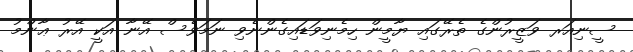
ސީނިއަރ ވަޒީރުންގެ ތެރޭގައި ޔާމީން ހިމެނިވަޑައިގެންނެވި ނަމަވެސް އޭނާ އަކީ އޭރު ޢާންމު